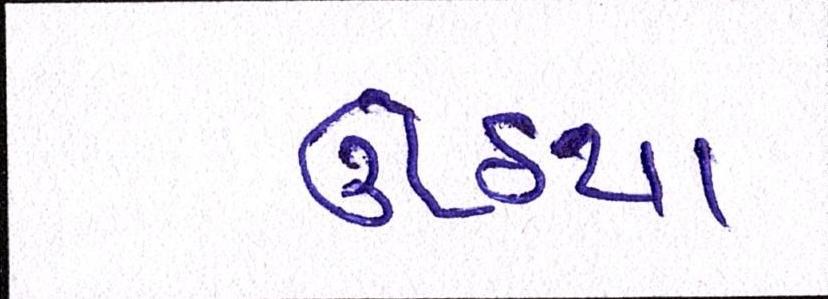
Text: ઊઠયા